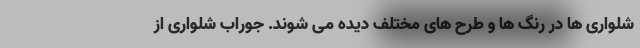
شلواری ها در رنگ ها و طرح های مختلف دیده می شوند. جوراب شلواری از